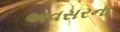
અવસરના